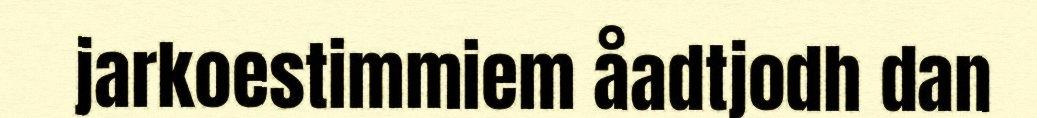
jarkoestimmiem åadtjodh dan